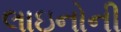
લાઇનોની